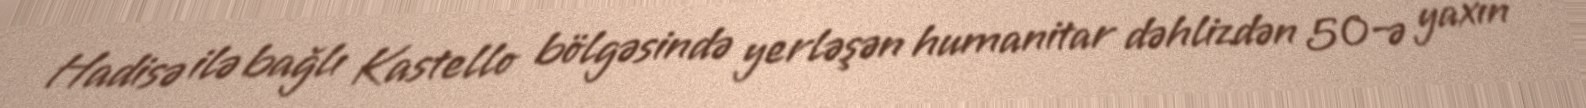
Hadisə ilə bağlı Kastello bölgəsində yerləşən humanitar dəhlizdən 50-ə yaxın